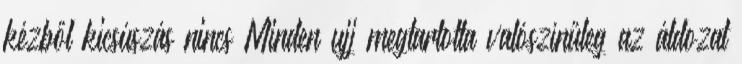
kézből kicsúszás nincs Minden ujj megtartotta valószínűleg az áldozat